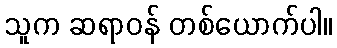
သူက ဆရာဝန် တစ်ယောက်ပါ။